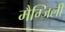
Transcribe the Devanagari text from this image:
मैग्जिली